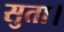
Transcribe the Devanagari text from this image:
सुता।